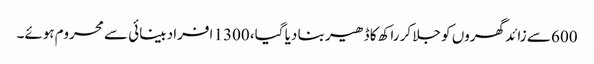
600 سے زائد گھروں کو جلا کر راکھ کا ڈھیر بنا دیا گیا، 1300 افراد بینائی سے محروم ہوئے۔